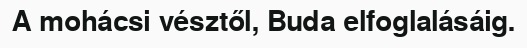
A mohácsi vésztől, Buda elfoglalásáig.